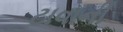
ટાવાની